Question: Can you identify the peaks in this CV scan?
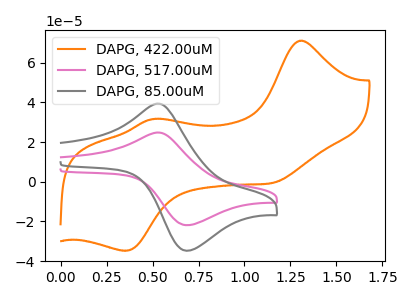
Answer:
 <answer>The orange curve "DAPG, 422.00uM" has anodic peaks at (1.30V, 71.05uA) (0.50V, 31.60uA) and cathodic peaks at (1.15V, -0.50uA) (0.35V, -34.80uA). The pink curve "DAPG, 517.00uM" has an anodic peak at (0.55V, 24.80uA) and a cathodic peak at (0.70V, -21.90uA). The gray curve "DAPG, 85.00uM" has an anodic peak at (0.55V, 39.40uA) and a cathodic peak at (0.70V, -34.75uA).</answer>
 <eval></eval>